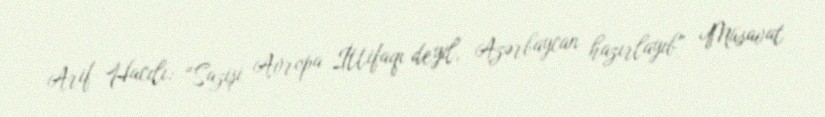
Arif Hacılı: “Sazişi Avropa İttifaqı deyil, Azərbaycan hazırlayıb” Müsavat